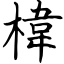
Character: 椲